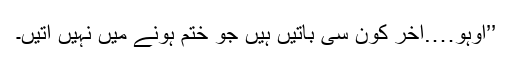
’’اوہو….آخر کون سی باتیں ہیں جو ختم ہونے میں نہیں آتیں۔